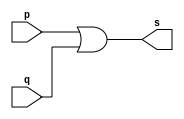
// ------------------------- 
// Exemplo0004 - OR 
// Nome: Ana Cristina Pereira Teixeira
// -------------------------

// ------------------------- 
// -- or gate 
// ------------------------- 
module orgate ( output s, input p, q); 
	assign s = p | q; // vinculo permanente
endmodule // orgate

// --------------------- 
// -- test or gate 
// --------------------- 
module testorgate; 
// ------------------------- dados locais 
	reg a, b; // definir registradores 
	wire s; // definir conexao (fio) 
// ------------------------- instancia 
	orgate OR1 (s, a, b); 
// ------------------------- preparacao 
	initial begin:start 
		// atribuicao simultanea 
		// dos valores iniciais 
		a = 0; b = 0;
	end
// ------------------------- parte principal 
	initial begin 
		$display("Exemplo0004 - Ana Cristina Pereira Teixeira - 427385");
		$display("Test OR gate");
		$display("\na | b = s\n");
		a = 0; b = 0;
		#1 $display("%b | %b = %b", a, b, s);
		a = 0; b = 1;
		#1 $display("%b | %b = %b", a, b, s);
		a = 1; b = 0;
		#1 $display("%b | %b = %b", a, b, s);
		a = 1; b = 1;
		#1 $display("%b | %b = %b", a, b, s);
	end
endmodule // testorgate